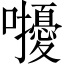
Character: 𡅒